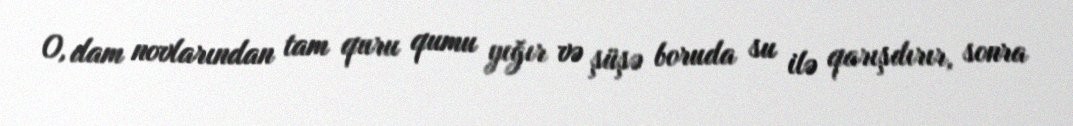
O, dam novlarından tam quru qumu yığır və şüşə boruda su ilə qarışdırır, sonra